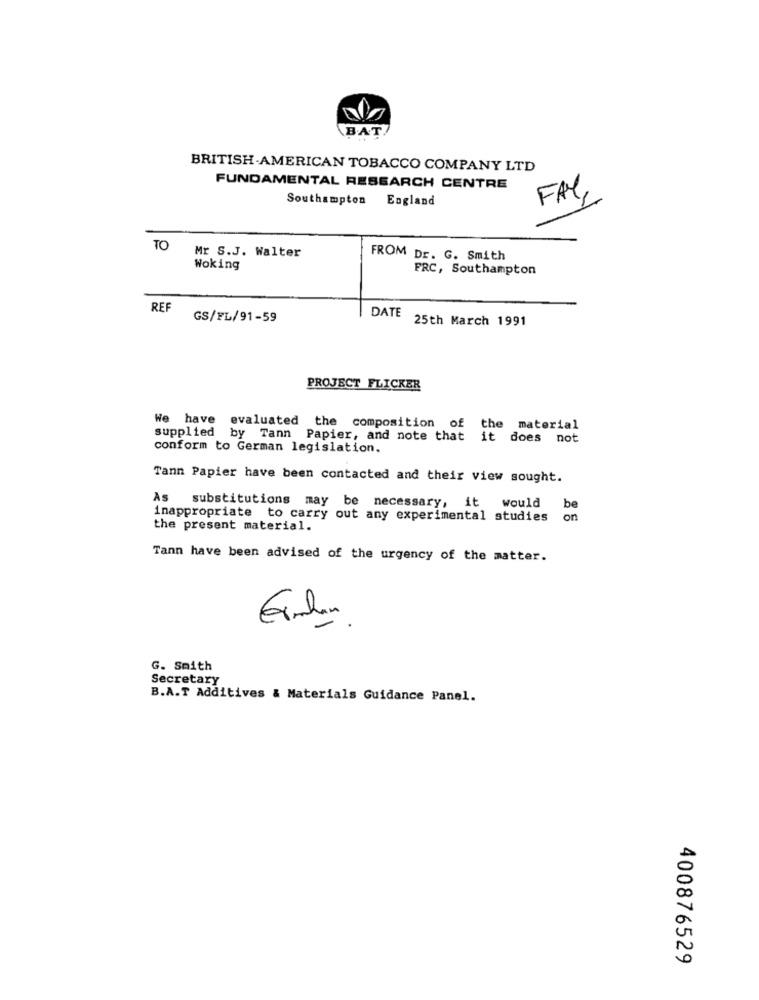
B.A.T.
BRITISH-AMERICAN TOBACCO COMPANY LTD
FUNDAMENTAL RESEARCH CENTRE
Southampton England
FAY,
TO
Mr S.J. Walter
FROM Dr. G. Smith
Woking
FRC, Southampton
REF
GS/FL/91-59
DATE
25th March 1991
PROJECT FLICKER
We have evaluated the composition of the material
supplied by Tann Papier, and note that it does not
conform to German legislation.
Tann Papier have been contacted and their view sought.
As substitutions may be necessary, it
would
inappropriate to carry out any experimental studies
the present material.
Tann have been advised of the urgency of the matter.
G. Smith
Secretary
B.A.T Additives & Materials Guidance Panel.
400876529